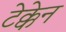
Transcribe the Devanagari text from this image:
टेक्केन